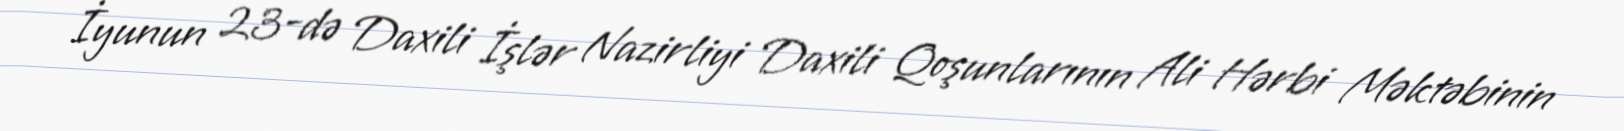
İyunun 23-də Daxili İşlər Nazirliyi Daxili Qoşunlarının Ali Hərbi Məktəbinin